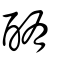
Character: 酭